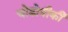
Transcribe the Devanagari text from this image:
चोडोवीकी